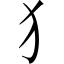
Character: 犭